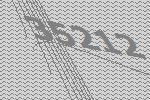
35212